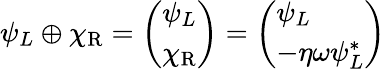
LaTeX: \psi_{L}\oplus\chi_{\mathrm{{R}}}={\left(\begin{array}{l}{\psi_{L}}\\ {\chi_{\mathrm{{R}}}}\end{array}\right)}={\left(\begin{array}{l}{\psi_{L}}\\ {-\eta\omega\psi_{L}^{*}}\end{array}\right)}